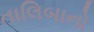
તાલિબાનો